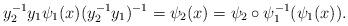
LaTeX: \begin{align*}y_2^{-1}y_1\psi_1(x) (y_2^{-1}y_1)^{-1}= \psi_2(x) = \psi_2\circ \psi_1^{-1}(\psi_1(x)).\end{align*}